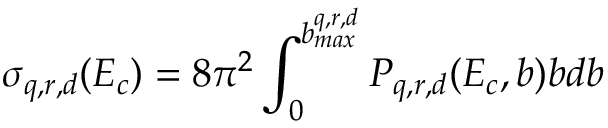
\sigma _ { q , r , d } ( E _ { c } ) = 8 \pi ^ { 2 } \int _ { 0 } ^ { b _ { m a x } ^ { q , r , d } } P _ { q , r , d } ( E _ { c } , b ) b d b